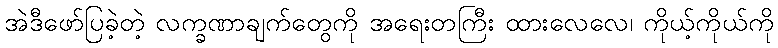
အဲဒီဖော်ပြခဲ့တဲ့ လက္ခဏာချက်တွေကို အရေးတကြီး ထားလေလေ၊ ကိုယ့်ကိုယ်ကို